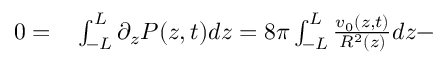
\begin{array} { r l } { 0 = } & { { } \int _ { - L } ^ { L } \partial _ { z } P ( z , t ) d z = 8 \pi \int _ { - L } ^ { L } \frac { v _ { 0 } ( z , t ) } { R ^ { 2 } ( z ) } d z - } \end{array}